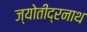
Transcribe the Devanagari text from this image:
ज्योतींद्रनाथ